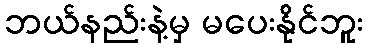
ဘယ်နည်းနဲ့မှ မပေးနိုင်ဘူး